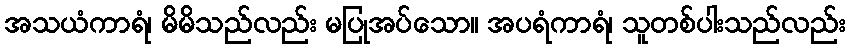
အသယံကာရံ၊ မိမိသည်လည်း မပြုအပ်သော။ အပရံကာရံ၊ သူတစ်ပါးသည်လည်း